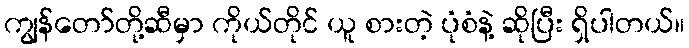
ကျွန်တော်တို့ဆီမှာ ကိုယ်တိုင် ယူ စားတဲ့ ပုံစံနဲ့ ဆိုပြီး ရှိပါတယ်။